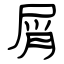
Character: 屑